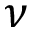
\nu